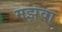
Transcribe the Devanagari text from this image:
मझवा